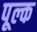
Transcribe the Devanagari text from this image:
पूल्क